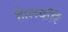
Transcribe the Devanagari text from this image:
है।लकीरें